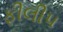
ફીલીપ